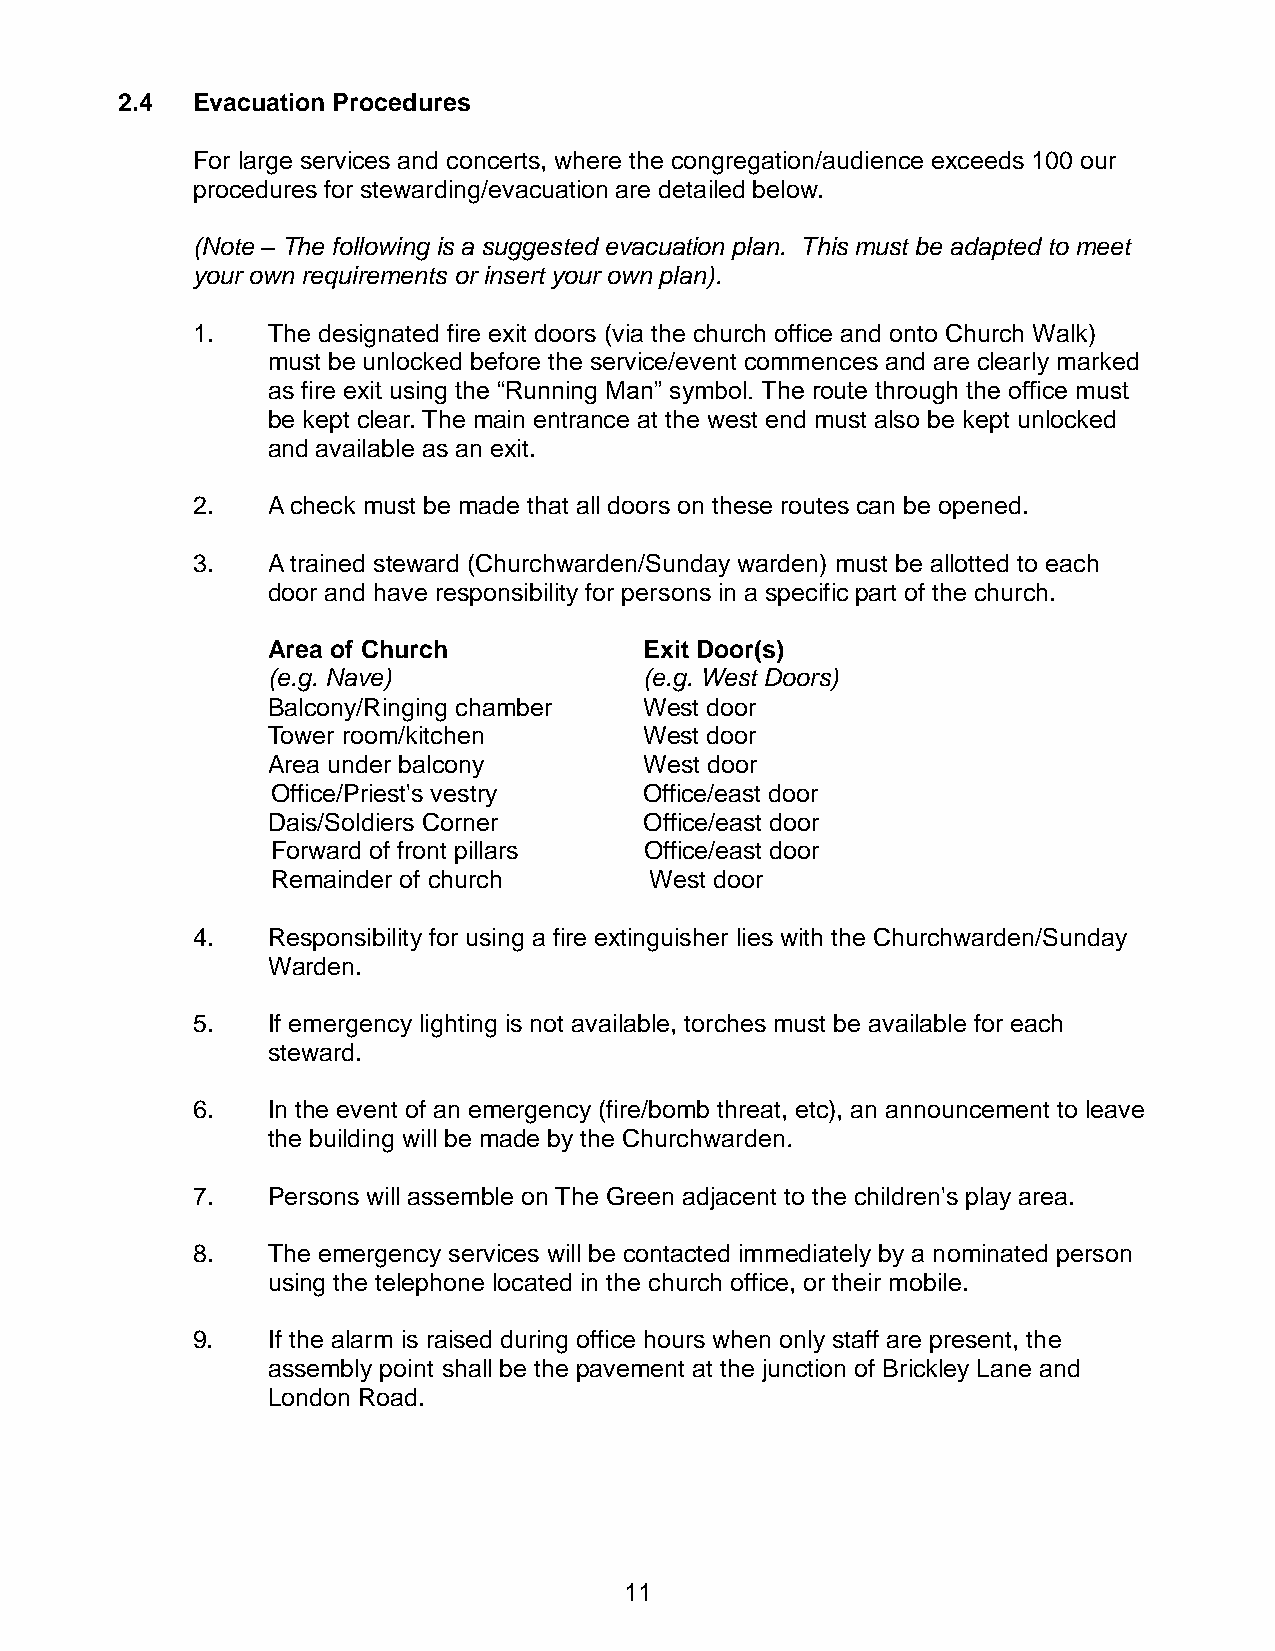
2.4  Evacuation Procedures
 For large services and concerts, where the congregation/audience exceeds 100 our
 procedures for stewarding/evacuation are detailed below.
 (Note – The following is a suggested evacuation plan. This must be adapted to meet
 your own requirements or insert your own plan).
 1.   The designated fire exit doors (via the church office and onto Church Walk)
 must be unlocked before the service/event commences and are clearly marked
 as fire exit using the “Running Man” symbol. The route through the office must
 be kept clear. The main entrance at the west end must also be kept unlocked
 and available as an exit.
 2.   A check must be made that all doors on these routes can be opened.
 3.   A trained steward (Churchwarden/Sunday warden) must be allotted to each
 door and have responsibility for persons in a specific part of the church.
 Area of Church           Exit Door(s)
 (e.g. Nave)              (e.g. West Doors)
 Balcony/Ringing chamber  West door
 Tower room/kitchen       West door
 Area under balcony       West door
 Office/Priest's vestry   Office/east door
 Dais/Soldiers Corner     Office/east door
 Forward of front pillars Office/east door
 Remainder of church      West door
 4.   Responsibility for using a fire extinguisher lies with the Churchwarden/Sunday
 Warden.
 5.   If emergency lighting is not available, torches must be available for each
 steward.
 6.   In the event of an emergency (fire/bomb threat, etc), an announcement to leave
 the building will be made by the Churchwarden.
 7.   Persons will assemble on The Green adjacent to the children's play area.
 8.   The emergency services will be contacted immediately by a nominated person
 using the telephone located in the church office, or their mobile.
 9.   If the alarm is raised during office hours when only staff are present, the
 assembly point shall be the pavement at the junction of Brickley Lane and
 London Road.
 11